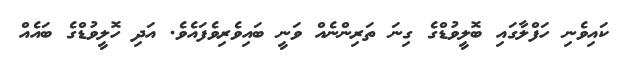
ކައިވެނި ހަފްލާގައި ބޮލީވުޑްގެ ގިނަ ތަރިންނެއް ވަނީ ބައިވެރިވެފައެވެ. އަދި ހޮލީވުޑްގެ ބައެއް